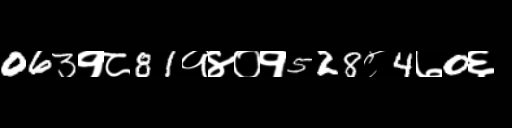
Text: 063१८81१४०१528८4७0६